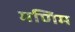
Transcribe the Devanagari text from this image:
मणिम